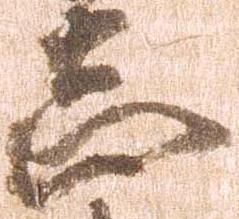
志